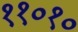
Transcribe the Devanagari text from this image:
११०१०